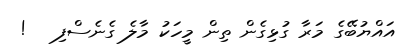
އައްޔުބޭގެ މަރާ ގުޅިގެން ތިން މީހަކު މާލެ ގެނެސްފި   !